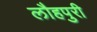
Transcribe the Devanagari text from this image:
लौहपुरी